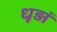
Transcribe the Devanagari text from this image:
धूड़ां